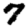
Digit: 7